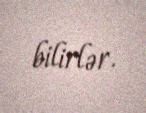
bilirlər.